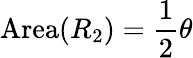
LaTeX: \mathrm{Area}(R_{2})={\frac{1}{2}}\theta